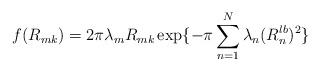
LaTeX: \begin{align*}f(R_{mk})=2\pi\lambda_mR_{mk}\exp\{-\pi\sum\limits_{n=1}^{N}\lambda_n(R_{n}^{lb})^2\}\end{align*}